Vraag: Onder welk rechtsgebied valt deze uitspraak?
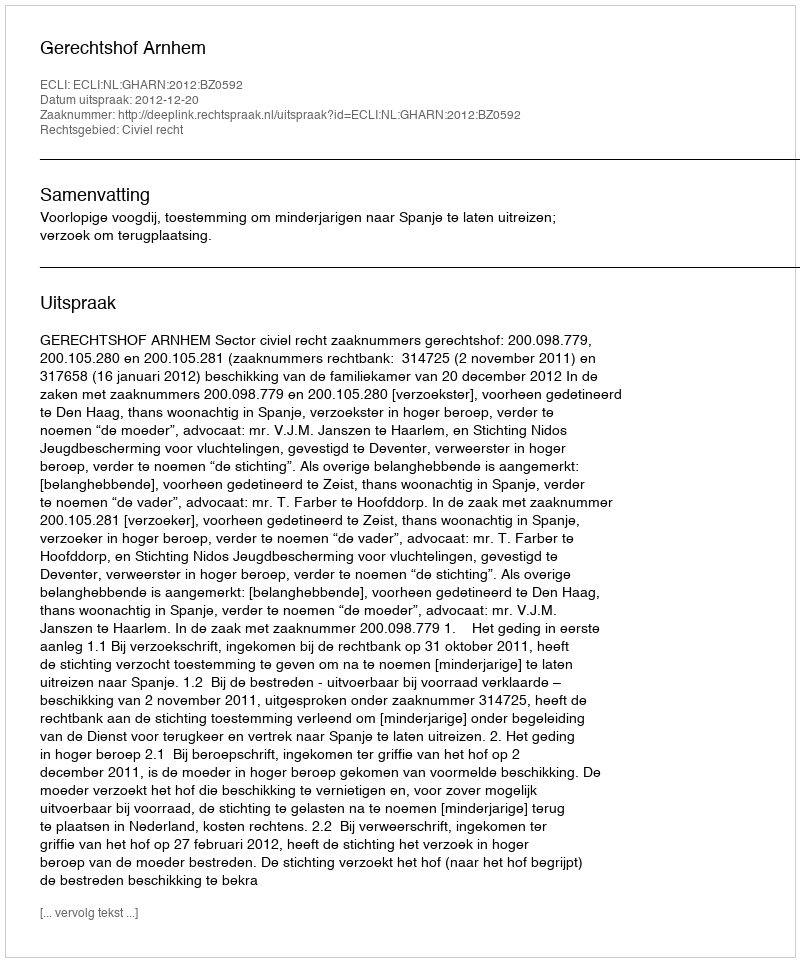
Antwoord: Civiel recht